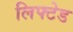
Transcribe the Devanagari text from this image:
लिफ्टेड